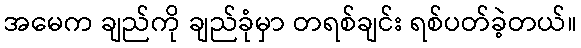
အမေက ချည်ကို ချည်ခုံမှာ တရစ်ချင်း ရစ်ပတ်ခဲ့တယ်။